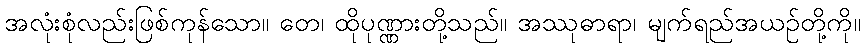
အလုံးစုံလည်းဖြစ်ကုန်သော။ တေ၊ ထိုပုဏ္ဏားတို့သည်။ အဿုဓာရာ၊ မျက်ရည်အယဉ်တို့ကို။